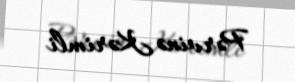
Pərvinə Kərimli